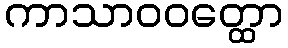
ကာသာဝဝတ္ထော